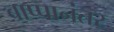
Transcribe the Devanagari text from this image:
बाप्पानंतर